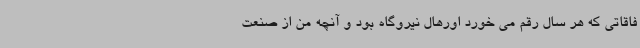
فاقاتی که هر سال رقم می خورد اورهال نیروگاه بود و آنچه من از صنعت